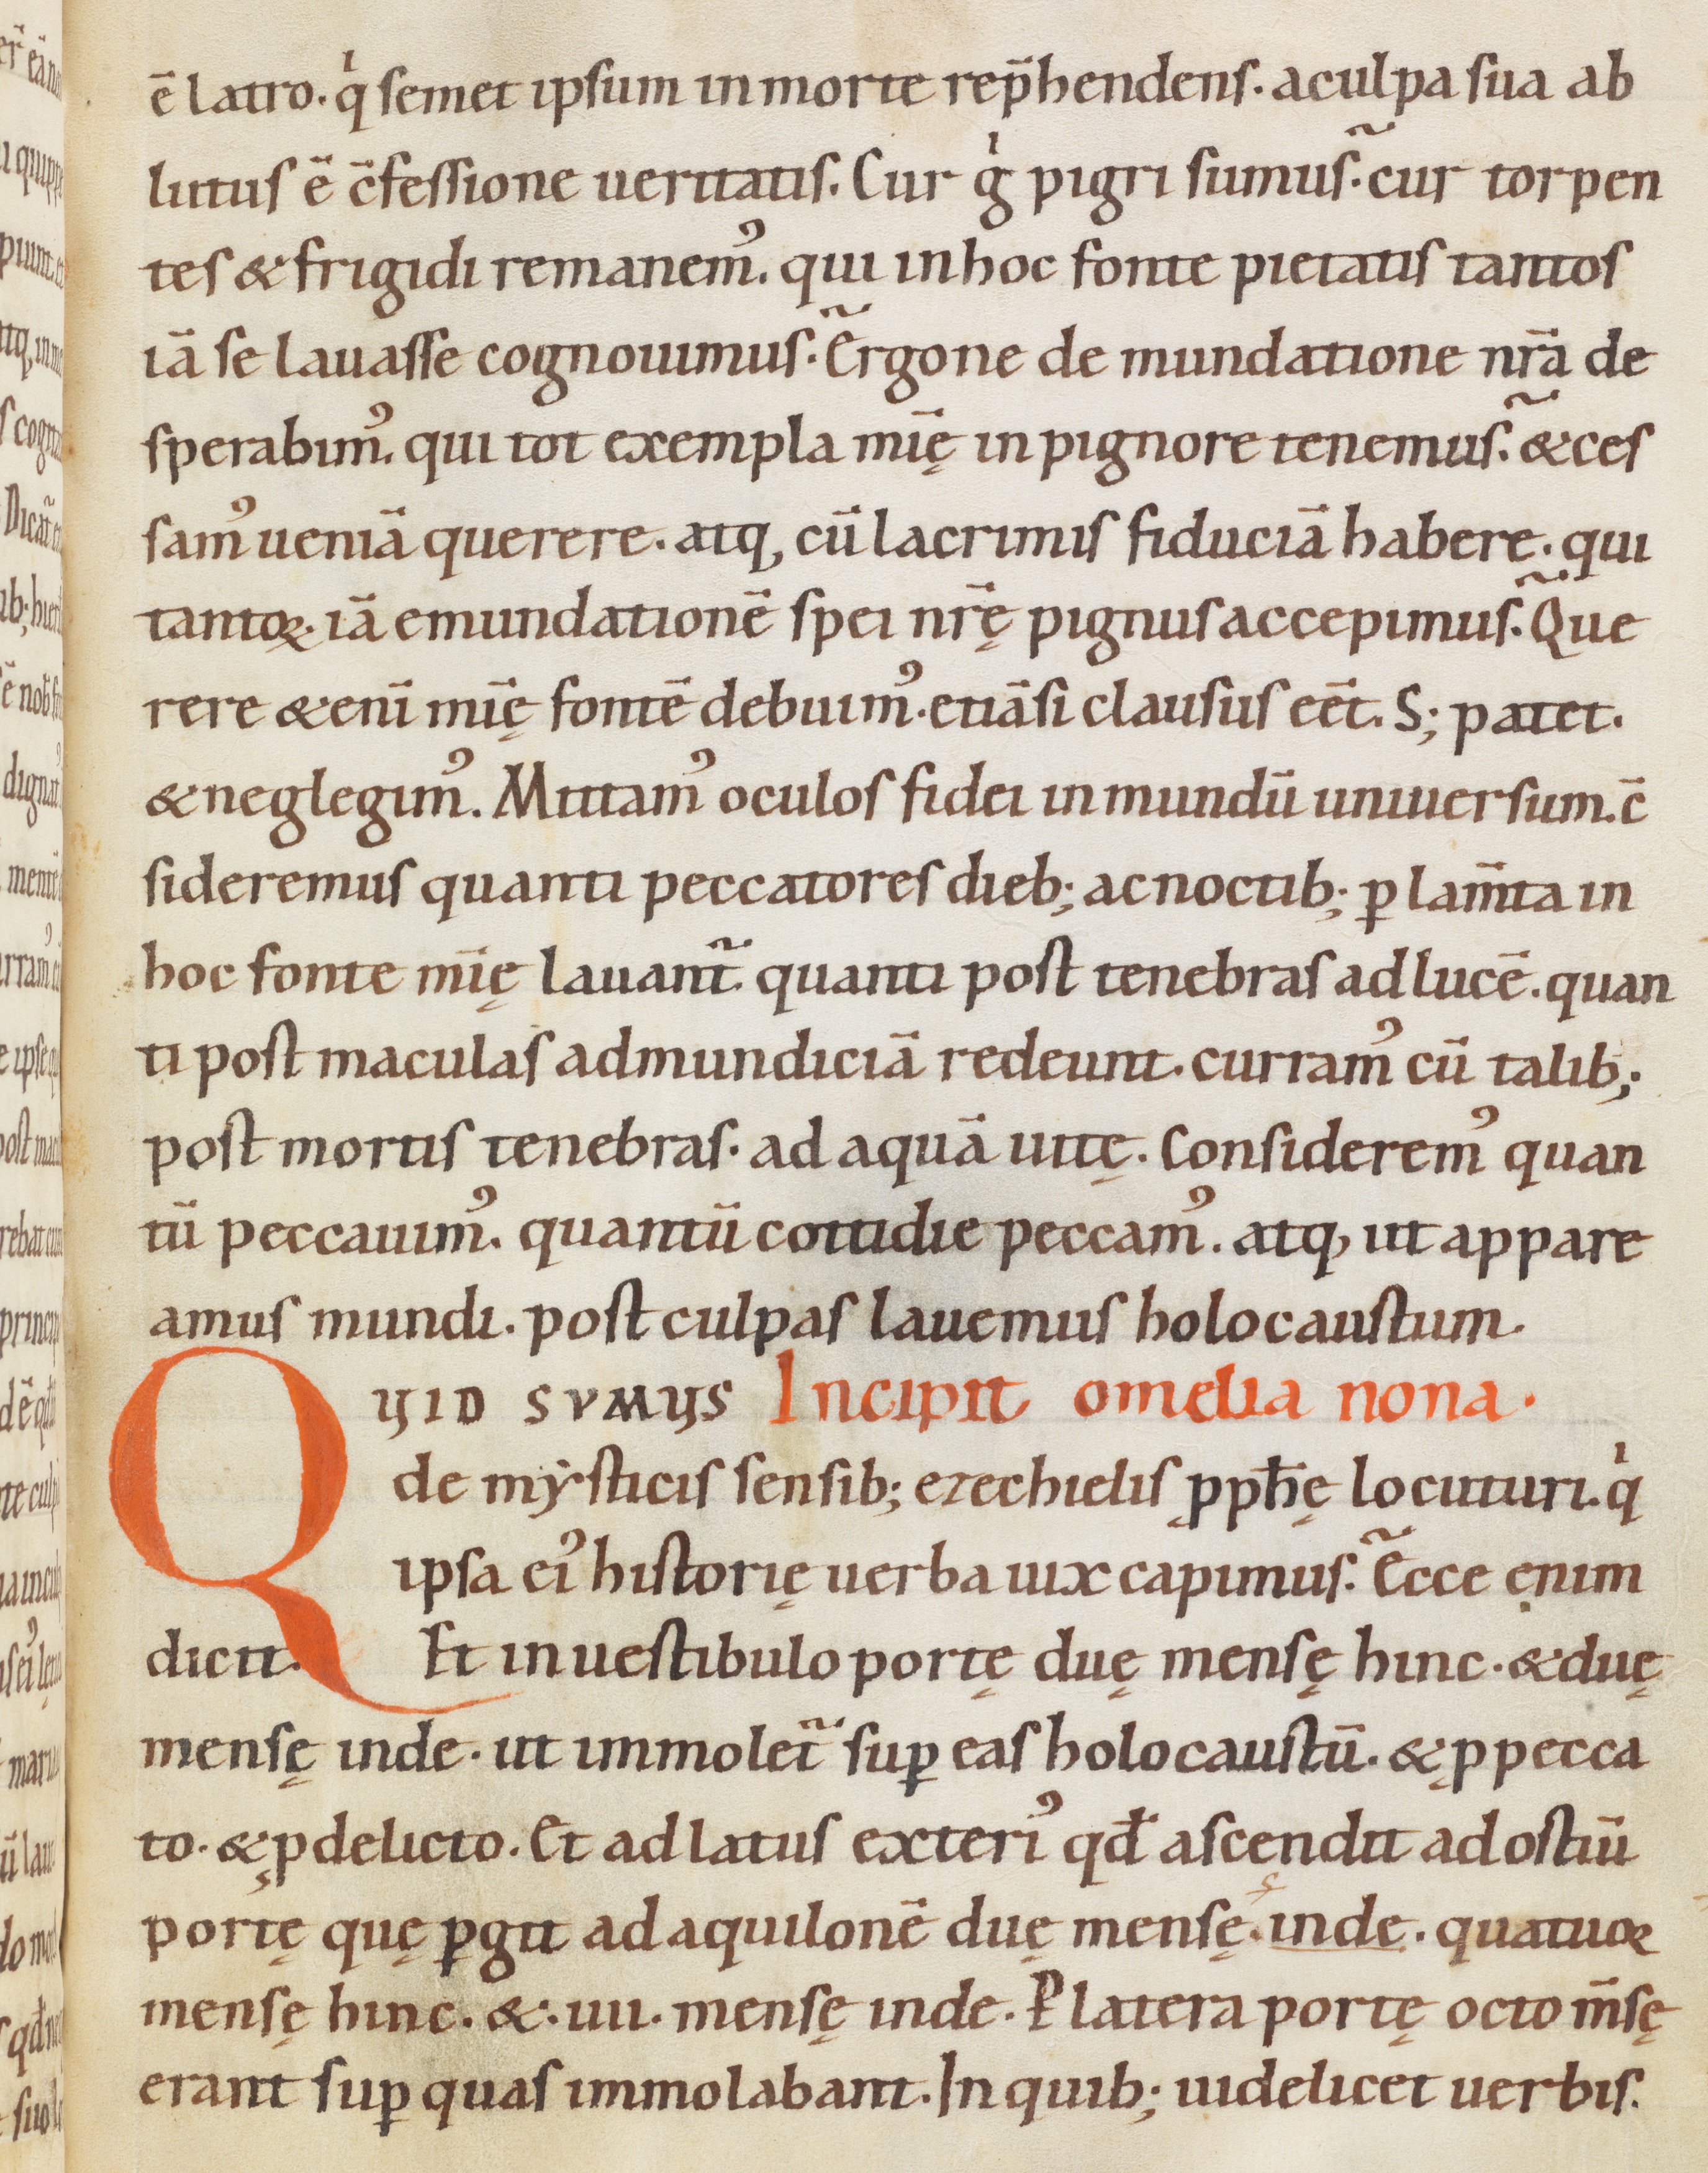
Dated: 1080–1096